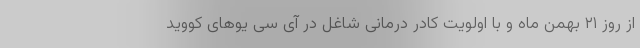
از روز ۲۱ بهمن ماه و با اولویت کادر درمانی شاغل در آی سی یوهای کووید